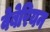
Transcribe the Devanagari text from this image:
वेबेरियन